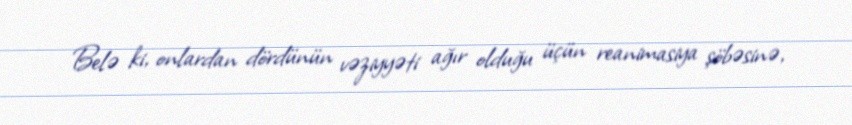
Belə ki, onlardan dördünün vəziyyəti ağır olduğu üçün reanimasiya şöbəsinə,